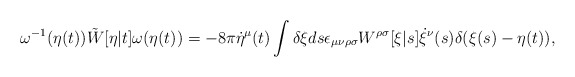
\begin{align*}\omega^{-1}(\eta(t)) \tilde{W}[\eta|t] \omega(\eta(t)) = - 8\pi \dot{\eta}^\mu(t) \int \delta\xi ds \epsilon_{\mu\nu\rho\sigma} W^{\rho\sigma}[\xi|s] \dot{\xi}^\nu(s) \delta(\xi(s)-\eta(t)),\end{align*}